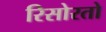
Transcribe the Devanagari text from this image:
रिसोरतो